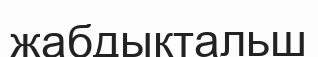
жабдықтальш